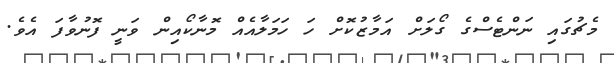
މެޗުގައި ނަންޓެސްގެ ގޯލަށް އަމާޒުކޮށް ހަ ހަމަލާއެއް މޮނާކޯއިން ވަނީ ފޮނުވާފަ އެވެ.